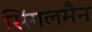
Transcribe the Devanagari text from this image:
सिंगलमैन